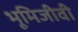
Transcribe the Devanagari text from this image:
भूमिजीवी